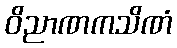
ဝိညာဏကသိဏံ